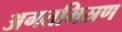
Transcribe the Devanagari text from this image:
अगतमिस्रण